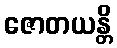
ဇောတယန္တိ